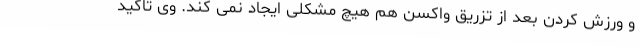
و ورزش کردن بعد از تزریق واکسن هم هیچ مشکلی ایجاد نمی کند. وی تاکید